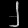
Digit: ၂